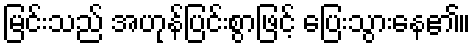
မြင်းသည် အဟုန်ပြင်းစွာဖြင့် ပြေးသွားနေ၏။